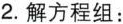
2.解方程组：